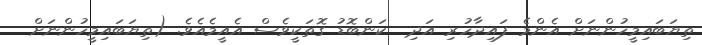
ތިޔަބައިމީހުންނަށް އެންމެ ފައިދާހުރި އަދި  ކަންބޮޑު ގޮތަކީވެސް އެއީމެއެވެ. (ތިޔަބައިމީހުންނަށް